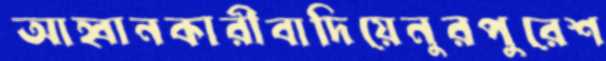
আহ্বানকারীবাদিয়েনুরপুরেশ